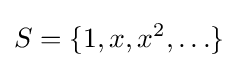
S=\{1,x,x^{2},\ldots \}